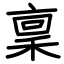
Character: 稟